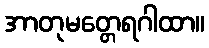
အာတုမတ္တေရဂါထာ။